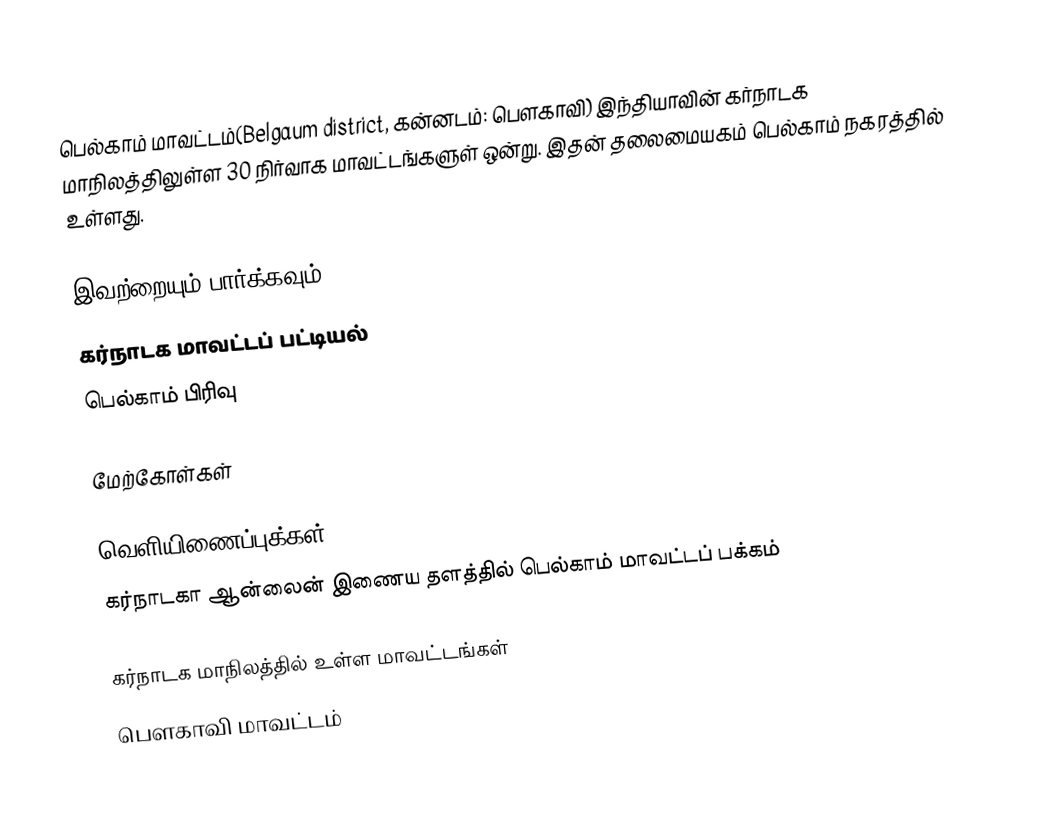
பெல்காம் மாவட்டம்(Belgaum district, கன்னடம்: பெளகாவி) இந்தியாவின் கர்நாடக மாநிலத்திலுள்ள 30 நிர்வாக மாவட்டங்களுள் ஒன்று.  இதன் தலைமையகம் பெல்காம் நகரத்தில் உள்ளது.

இவற்றையும் பார்க்கவும்
 கர்நாடக மாவட்டப் பட்டியல்
 பெல்காம் பிரிவு

மேற்கோள்கள்

வெளியிணைப்புக்கள்
 கர்நாடகா ஆன்லைன் இணைய தளத்தில் பெல்காம் மாவட்டப் பக்கம்

கர்நாடக மாநிலத்தில் உள்ள மாவட்டங்கள்
பெளகாவி மாவட்டம்